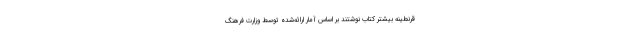
قرنطینه بیشتر کتاب نوشتند بر اساس آمار ارائه‌شده توسط وزارت فرهنگ